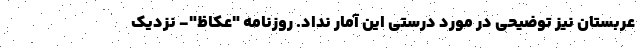
عربستان نیز توضیحی در مورد درستی این آمار نداد. روزنامه "عکاظ"- نزدیک